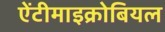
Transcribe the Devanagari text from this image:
ऐंटीमाइक्रोबियल